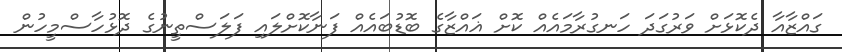
ގައްޒާއާ ދެކޮޅަށް ވަރުގަދަ ހަނގުރާމައެއް ކޮށް ޣައްޒާގެ ބޮޑުބައެއް ފަނާކޮށްލައި ފަލަސްތީނުގެ ދޮޅުހާސްމީހުން